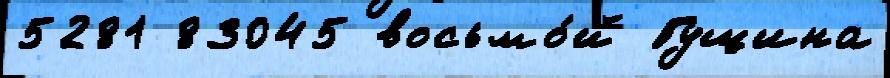
5281 83045 восьмо́й Гущина